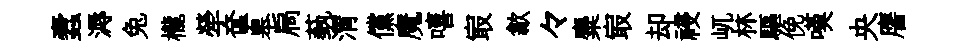
蠧溽兔櫳犖奩皋扃蓺渭儻魔嘻㝡歙々麋㝡却祲屼林驅俛嘆央譍